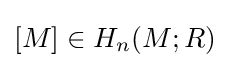
[M]\in H_{n}(M;R)